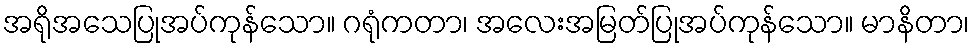
အရိုအသေပြုအပ်ကုန်သော။ ဂရုံကတာ၊ အလေးအမြတ်ပြုအပ်ကုန်သော။ မာနိတာ၊